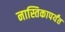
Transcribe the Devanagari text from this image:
नास्तिकापर्यंत